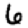
Digit: 6